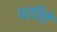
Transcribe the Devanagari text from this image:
परतिते